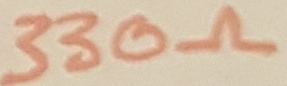
Text: 330Ω